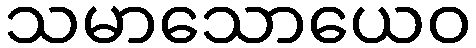
သမာသောယေဝ